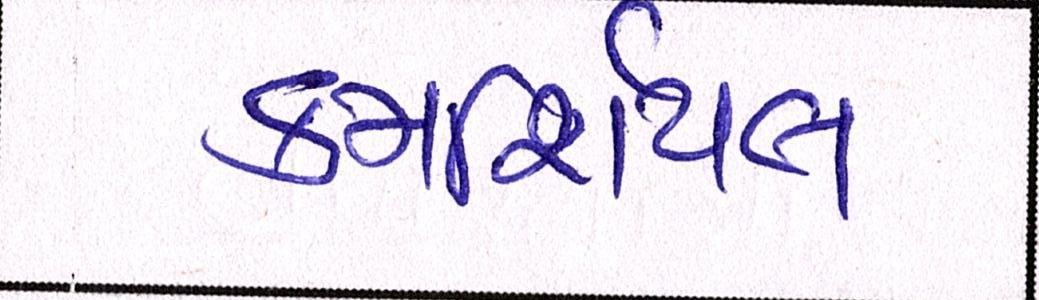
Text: કમર્શિયલ